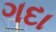
ગદા